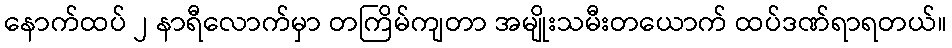
နောက်ထပ် ၂ နာရီလောက်မှာ တကြိမ်ကျတာ အမျိုးသမီးတယောက် ထပ်ဒဏ်ရာရတယ်။